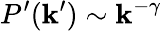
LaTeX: P^{\prime}(\mathbf{k}^{\prime})\sim\mathbf{k}^{-\gamma}